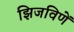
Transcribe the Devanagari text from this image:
झिजविणें